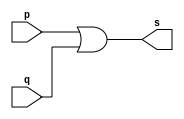
/*
 * Pontificia Universidade Catlica de Minas Gerais
 * Instituto de Cincias Exatas e Informtica
 * Arquitetura de Computadores - Exemplo0004
 * Belo Horizonte 20 de Fevereiro de 2013
 * Aluna: Izabela Caldeira Borges
 */ 
 
 
 // ----------------
 // -- or gate
 // ----------------
 
 module orgate (output s, input p, input q);
 assign s = p | q; // criar vnculo permanente
 					// dependncia
 endmodule 		// orgate
 
 // ---------------
 // -- test or gate
 // ---------------
 
 module testorgate;
 // --------------- dados locais
 
 reg a, b;			// definir registrador
 					// varivel independente
 wire s;			// definir conexo (fio)
					// varivel dependente
 
 // --------------- instncia
 	orgate OR1 (s, a, b);
 // --------------- preparao
 	initial begin:start
							// atribuio simultnea 
		a = 0; b = 0; 	// dos valores iniciais
	end
 // --------------- parte principal
 	initial begin
					// execuo unitria
		$display("Exemplo 0004 - Izabela Caldeira Borges - 463243");
		$display("Test OR gate");
		$display("\na & b =  s\n");
			a = 0; b = 0;
	#1 $display("%b & %b = %b", a, b, s);
			a = 0; b = 1;
	#1 $display("%b & %b = %b", a, b, s);
			a = 1; b = 0;
	#1 $display("%b & %b = %b", a, b, s);
			a = 1; b = 1;
	#1 $display("%b & %b = %b", a, b, s);
					
	end
	
 endmodule // testorgate